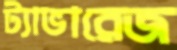
ট্যাভারেজ